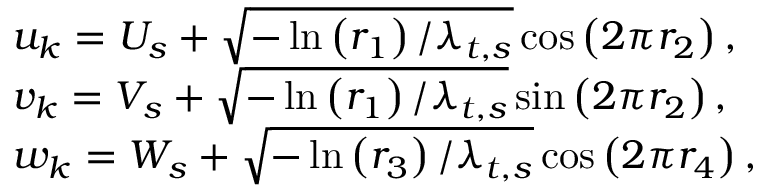
\begin{array} { r l } & { u _ { k } = U _ { s } + \sqrt { - \ln \left( r _ { 1 } \right) / \lambda _ { t , s } } \cos \left( 2 \pi r _ { 2 } \right) , } \\ & { v _ { k } = V _ { s } + \sqrt { - \ln \left( r _ { 1 } \right) / \lambda _ { t , s } } \sin \left( 2 \pi r _ { 2 } \right) , } \\ & { w _ { k } = W _ { s } + \sqrt { - \ln \left( r _ { 3 } \right) / \lambda _ { t , s } } \cos \left( 2 \pi r _ { 4 } \right) , } \end{array}